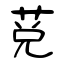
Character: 莌